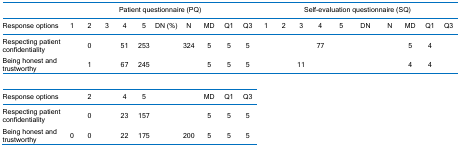
<table><thead><tr><td>[EMPTY_CELL]</td><td colspan="10"><b>Patient questionnaire (PQ)</b></td><td colspan="10"><b>Self-evaluation questionnaire (SQ)</b></td></tr><tr><td><b>Response options</b></td><td><b>1</b></td><td><b>2</b></td><td><b>3</b></td><td><b>4</b></td><td><b>5</b></td><td><b>DN (%)</b></td><td><b>N</b></td><td><b>MD</b></td><td><b>Q1</b></td><td><b>Q3</b></td><td><b>1</b></td><td><b>2</b></td><td><b>3</b></td><td><b>4</b></td><td><b>5</b></td><td><b>DN</b></td><td><b>N</b></td><td><b>MD</b></td><td><b>Q1</b></td><td><b>Q3</b></td></tr></thead><tbody><tr><td>Respecting patient confidentiality</td><td>[EMPTY_CELL]</td><td>0</td><td>[EMPTY_CELL]</td><td>51</td><td>253</td><td>[EMPTY_CELL]</td><td>324</td><td>5</td><td>5</td><td>5</td><td>[EMPTY_CELL]</td><td>[EMPTY_CELL]</td><td>[EMPTY_CELL]</td><td>77</td><td>[EMPTY_CELL]</td><td>[EMPTY_CELL]</td><td>[EMPTY_CELL]</td><td>5</td><td>4</td><td>[EMPTY_CELL]</td></tr><tr><td>Being honest and trustworthy</td><td>[EMPTY_CELL]</td><td>1</td><td>[EMPTY_CELL]</td><td>67</td><td>245</td><td>[EMPTY_CELL]</td><td>[EMPTY_CELL]</td><td>5</td><td>5</td><td>5</td><td>[EMPTY_CELL]</td><td>[EMPTY_CELL]</td><td>11</td><td>[EMPTY_CELL]</td><td>[EMPTY_CELL]</td><td>[EMPTY_CELL]</td><td>[EMPTY_CELL]</td><td>4</td><td>4</td><td>[EMPTY_CELL]</td></tr><tr><td>[EMPTY_CELL]</td><td colspan="10">[EMPTY_CELL]</td><td>[EMPTY_CELL]</td><td>[EMPTY_CELL]</td><td>[EMPTY_CELL]</td><td>[EMPTY_CELL]</td><td>[EMPTY_CELL]</td><td>[EMPTY_CELL]</td><td>[EMPTY_CELL]</td><td>[EMPTY_CELL]</td><td>[EMPTY_CELL]</td><td>[EMPTY_CELL]</td></tr><tr><td>Response options</td><td>[EMPTY_CELL]</td><td>2</td><td>[EMPTY_CELL]</td><td>4</td><td>5</td><td>[EMPTY_CELL]</td><td>[EMPTY_CELL]</td><td>MD</td><td>Q1</td><td>Q3</td><td>[EMPTY_CELL]</td><td>[EMPTY_CELL]</td><td>[EMPTY_CELL]</td><td>[EMPTY_CELL]</td><td>[EMPTY_CELL]</td><td>[EMPTY_CELL]</td><td>[EMPTY_CELL]</td><td>[EMPTY_CELL]</td><td>[EMPTY_CELL]</td><td>[EMPTY_CELL]</td></tr><tr><td>Respecting patient confidentiality</td><td>[EMPTY_CELL]</td><td>0</td><td>[EMPTY_CELL]</td><td>23</td><td>157</td><td>[EMPTY_CELL]</td><td>[EMPTY_CELL]</td><td>5</td><td>5</td><td>5</td><td>[EMPTY_CELL]</td><td>[EMPTY_CELL]</td><td>[EMPTY_CELL]</td><td>[EMPTY_CELL]</td><td>[EMPTY_CELL]</td><td>[EMPTY_CELL]</td><td>[EMPTY_CELL]</td><td>[EMPTY_CELL]</td><td>[EMPTY_CELL]</td><td>[EMPTY_CELL]</td></tr><tr><td>Being honest and trustworthy</td><td>0</td><td>0</td><td>[EMPTY_CELL]</td><td>22</td><td>175</td><td>[EMPTY_CELL]</td><td>200</td><td>5</td><td>5</td><td>5</td><td>[EMPTY_CELL]</td><td>[EMPTY_CELL]</td><td>[EMPTY_CELL]</td><td>[EMPTY_CELL]</td><td>[EMPTY_CELL]</td><td>[EMPTY_CELL]</td><td>[EMPTY_CELL]</td><td>[EMPTY_CELL]</td><td>[EMPTY_CELL]</td><td>[EMPTY_CELL]</td></tr></tbody></table>